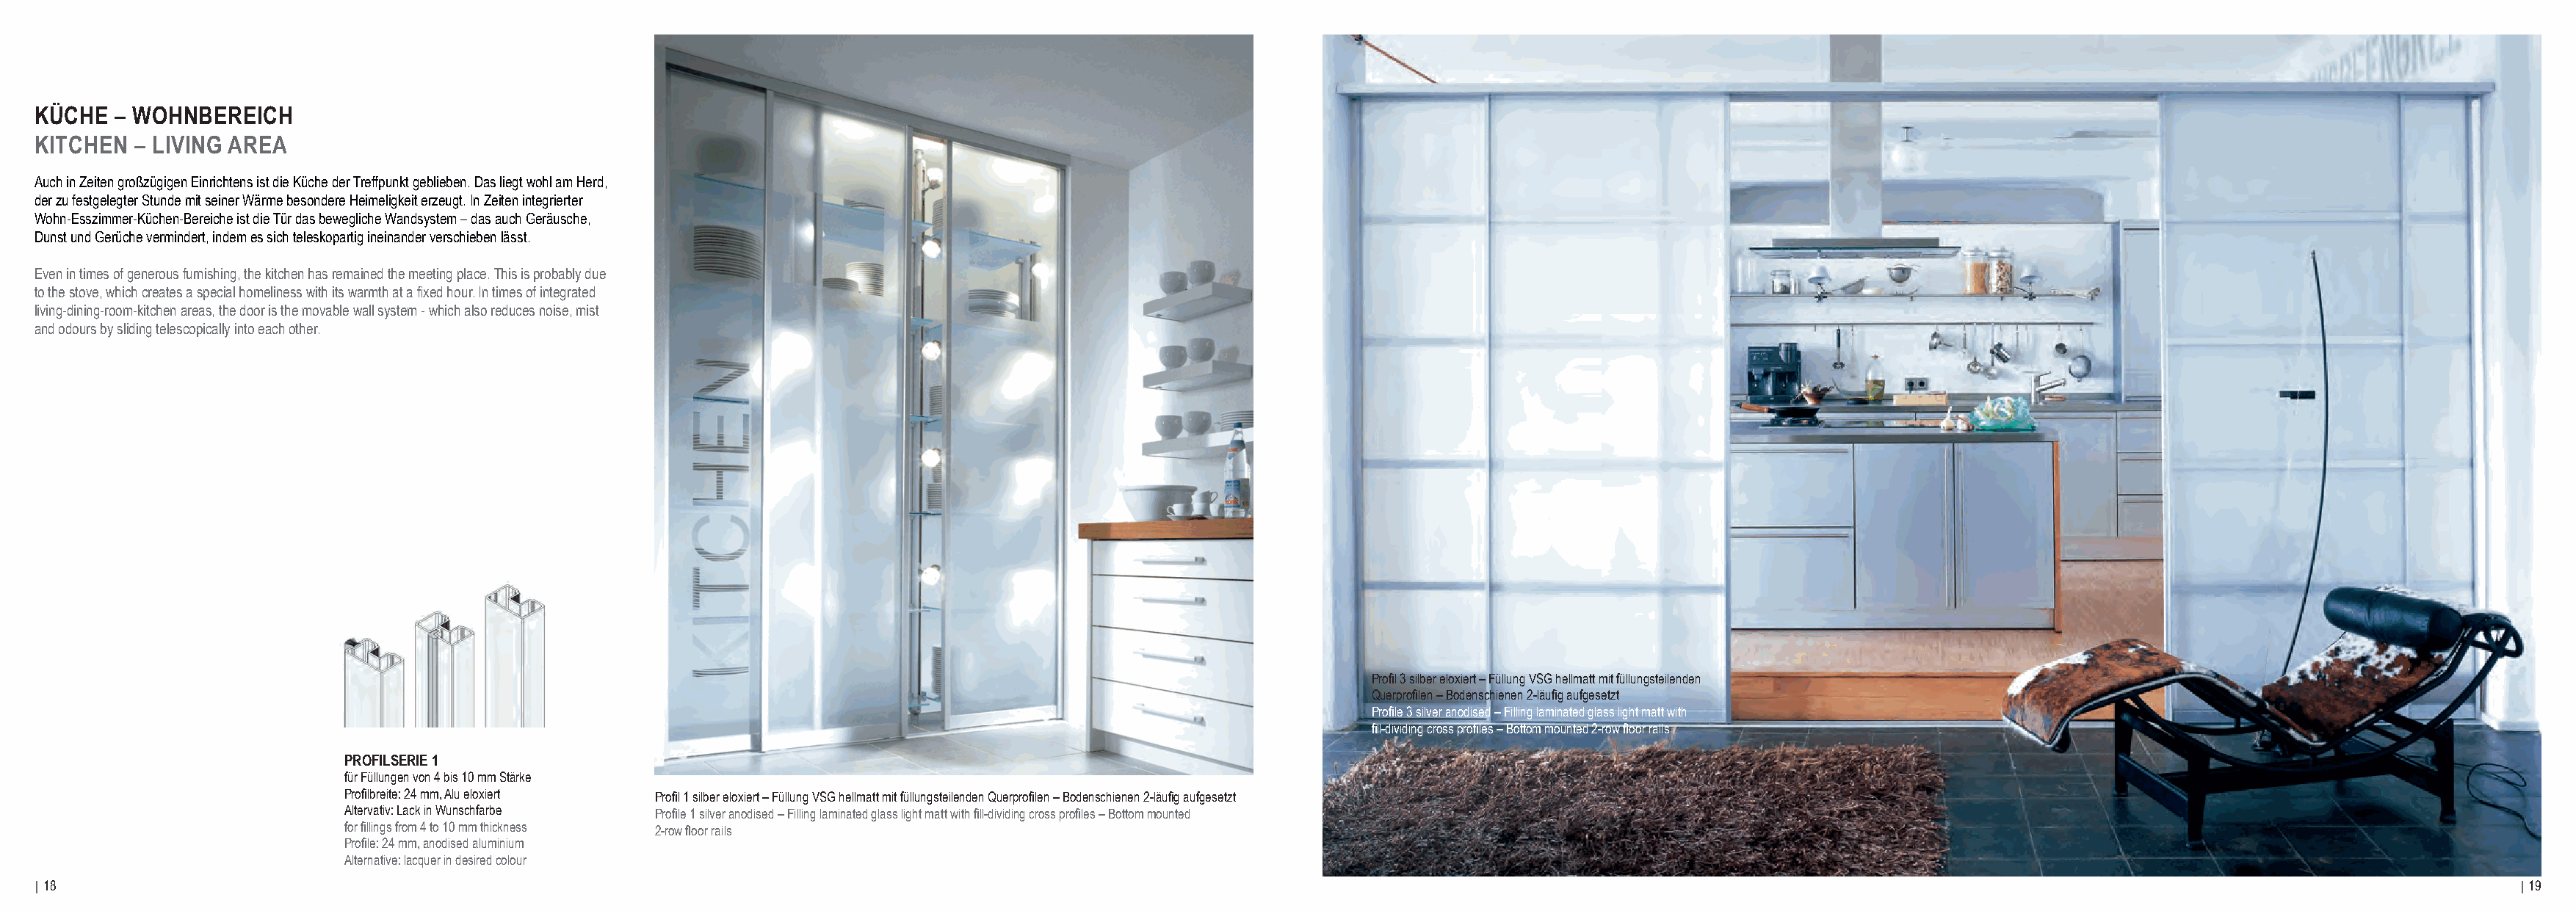
KÜCHE  – WOHNBEREICH
 KITCHEN  – LIVING AREA
 Auch in Zeiten großzügigen Einrichtens ist die Küche der Treffpunkt geblieben. Das liegt wohl am Herd,
 der zu festgelegter Stunde mit seiner Wärme besondere Heimeligkeit erzeugt. In Zeiten integrierter
 Wohn-Esszimmer-Küchen-Bereiche ist die Tür das bewegliche Wandsystem – das auch Geräusche,
 Dunst und Gerüche vermindert, indem es sich teleskopartig ineinander verschieben lässt.
 Even in times of generous furnishing, the kitchen has remained the meeting place. This is probably due
 to the stove, which creates a special homeliness with its warmth at a fixed hour. In times of integrated
 living-dining-room-kitchen areas, the door is the movable wall system - which also reduces noise, mist
 and odours by sliding telescopically into each other.
 Profil 3 silber eloxiert – Füllung VSG hellmatt mit füllungsteilenden
 Querprofilen – Bodenschienen 2-läufig aufgesetzt
 Profile 3 silver anodised – Filling laminated glass light matt with
 fill-dividing cross profiles – Bottom mounted 2-row floor rails
 PROFILSERIE 1
 für Füllungen von 4 bis 10 mm Stärke
 Profilbreite: 24 mm, Alu eloxiert Profil 1 silber eloxiert – Füllung VSG hellmatt mit füllungsteilenden Querprofilen – Bodenschienen 2-läufig aufgesetzt
 Altervativ: Lack in Wunschfarbe Profile 1 silver anodised – Filling laminated glass light matt with fill-dividing cross profiles – Bottom mounted
 for fillings from 4 to 10 mm thickness 2-row floor rails
 Profile: 24 mm, anodised aluminium
 Alternative: lacquer in desired colour
 | 18                                                                                                                                                                                                                            | 19